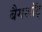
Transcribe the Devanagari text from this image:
बैगशॉट्